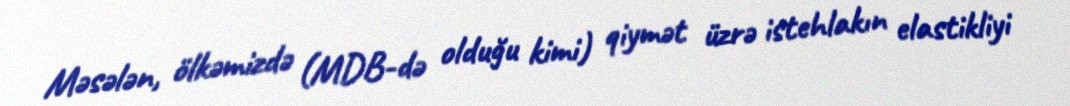
Məsələn, ölkəmizdə (MDB-də olduğu kimi) qiymət üzrə istehlakın elastikliyi